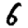
Digit: 6